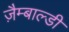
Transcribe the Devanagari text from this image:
ज़ैम्बाल्डी